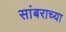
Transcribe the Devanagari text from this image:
सांबराच्या